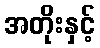
အတိုးနှင့်